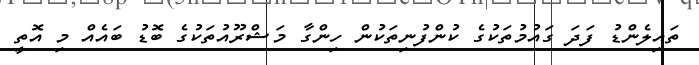
ތައިލެންޑު ފަދަ ގައުމުތަކުގެ ކުންފުނިތަކުން ހިންގާ މަޝްރޫއުތަކުގެ ބޮޑު ބައެއް މި އޮތީ